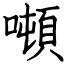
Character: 噸